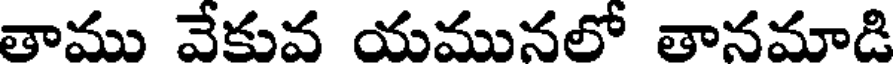
తాము వేకువ యమునలో తానమాడి